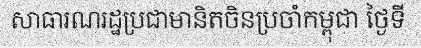
សាធារណរដ្ឋប្រជាមានិតចិនប្រចាំកម្ពុជា ថ្ងៃទី